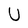
Character: U